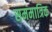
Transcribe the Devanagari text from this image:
सममात्रिक